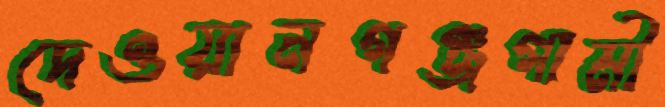
দেওয়ানগঞ্জগামী